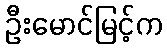
ဦးမောင်မြင့်က